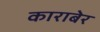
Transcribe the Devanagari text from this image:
काराबेर